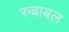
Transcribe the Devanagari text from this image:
रुबाबल